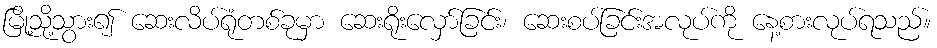
မြို့သို့သွား၍ ဆေးလိပ်ရုံတစ်ခုမှာ ဆေးရိုးလှော်ခြင်း၊ ဆေးစပ်ခြင်းအလုပ်ကို နေ့စားလုပ်ရသည်။